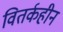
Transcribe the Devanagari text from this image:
वितर्कहीन